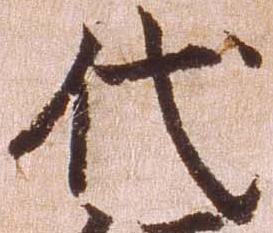
代